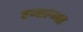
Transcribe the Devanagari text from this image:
हजाल्मर